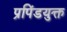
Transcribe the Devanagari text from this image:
प्रपिंडयुक्त